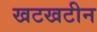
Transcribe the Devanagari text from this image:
खटखटीन